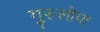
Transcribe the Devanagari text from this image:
गुरुलोपा